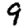
Digit: 9